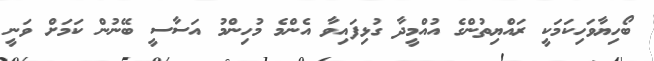
ބޯހިޔާވަހިކަމަކީ ރައްޔިތުންގެ އުއްމީދާ ގުޅިފައިވާ އެންމެ މުހިންމު އަސާސީ ބޭނުން ކަމަށް ވަނީ